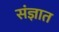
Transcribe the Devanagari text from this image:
संज्ञात